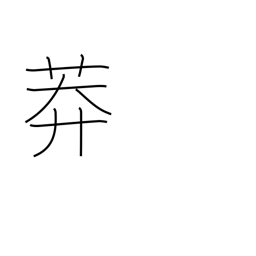
Meaning: grassy field